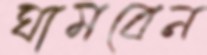
ঘামবেন